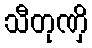
သီတုဏှိ